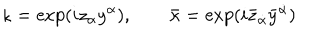
\kappa = \exp ( i z _ { \alpha } y ^ { \alpha } ) , \qquad \bar { \kappa } = \exp ( i \bar { z } _ { \dot { \alpha } } \bar { y } ^ { \dot { \alpha } } )